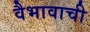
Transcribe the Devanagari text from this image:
वैभावाची